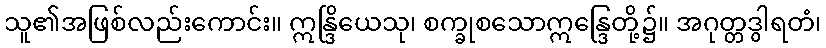
သူ၏အဖြစ်လည်းကောင်း။ ဣန္ဒြိယေသု၊ စက္ခုစသောဣန္ဒြေတို့၌။ အဂုတ္တဒွါရတံ၊